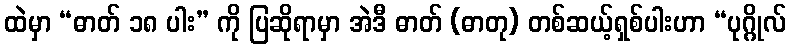
ထဲမှာ “ဓာတ် ၁၈ ပါး” ကို ပြဆိုရာမှာ အဲဒီ ဓာတ် (ဓာတု) တစ်ဆယ့်ရှစ်ပါးဟာ “ပုဂ္ဂိုလ်